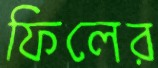
ফিলের